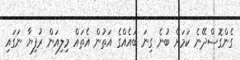
ގެންގޮސްދޭނެ ކަމަށް ބުނެ ގިނަ ބައެއްގެ އަތުން އެތައް މިލިއަން ރުފިޔާ ނަގައި